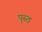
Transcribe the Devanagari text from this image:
पृस्ठ